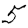
Digit: 5